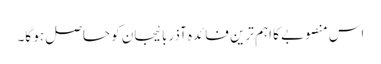
اس منصوبے کا اہم ترین فائدہ آذربائیجان کو حاصل ہو گا۔